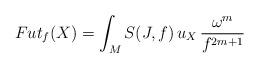
LaTeX: \begin{align*}Fut_f (X) = \int_M S(J,f)\, u_X\, \frac{\omega^m}{f^{2m+1}}\end{align*}